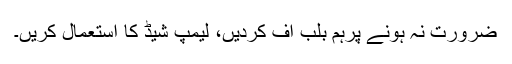
ضرورت نہ ہونے پرہم بلب آف کردیں، لیمپ شیڈ کا استعمال کریں۔